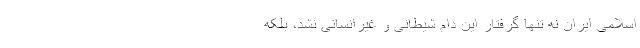
اسلامی ایران نه تنها گرفتار این دام شیطانی و غیرانسانی نشد، بلکه